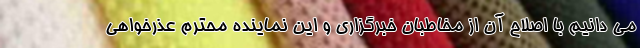
می دانیم با اصلاح آن از مخاطبان خبرگزاری و این نماینده محترم عذرخواهی